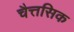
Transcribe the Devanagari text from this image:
चैत्तसिक